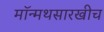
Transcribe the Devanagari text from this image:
मॉन्मथसारखीच